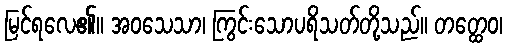
မြင်ရလေ၏။ အဝသေသာ၊ ကြွင်းသောပရိသတ်တို့သည်။ တတ္ထေဝ၊